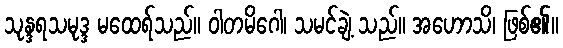
သုန္ဒရသမုဒ္ဒ မထေရ်သည်။ ဝါတမိဂေါ၊ သမင်ချဲ့ သည်။ အဟောသိ၊ ဖြစ်၏။